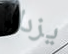
يزداد